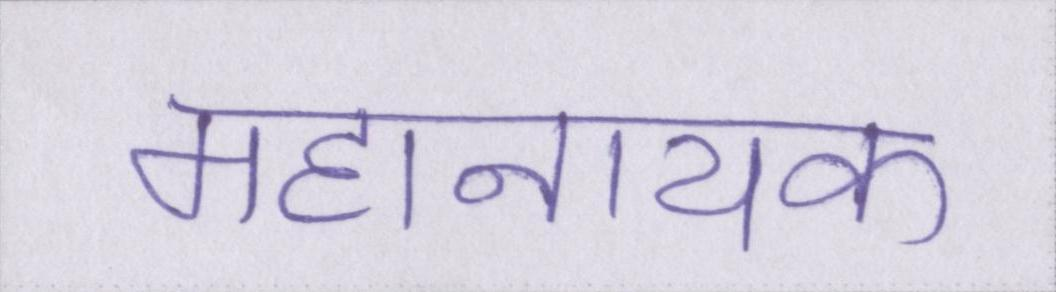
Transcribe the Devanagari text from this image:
महानायक